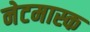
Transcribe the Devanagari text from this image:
नेटमास्क